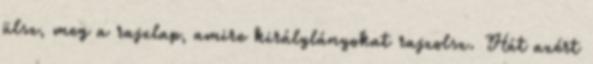
ülsz, meg a rajzlap, amire királylányokat rajzolsz. Hát azért